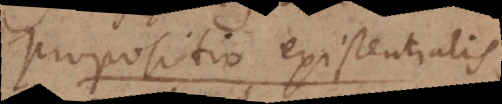
propositio existentialis